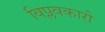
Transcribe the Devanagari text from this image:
विप्लवकारी